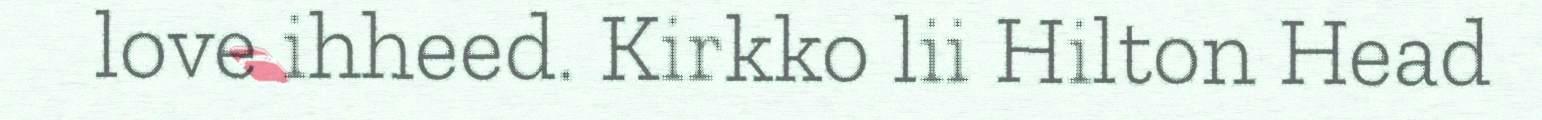
love ihheed. Kirkko lii Hilton Head